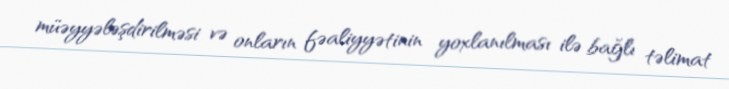
müəyyələşdirilməsi və onların fəaliyyətinin yoxlanılması ilə bağlı təlimat